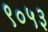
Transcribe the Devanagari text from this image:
९०५३